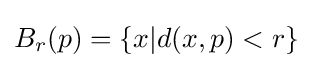
B_{r}(p)=\{x|d(x,p)<r\}